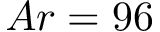
A r = 9 6